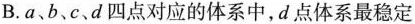
B.a、b、c、d四点对应的体系中，d点体系最稳定